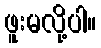
ဖူးမလို့ပါ။